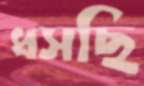
ধসছি